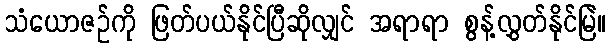
သံယောဇဉ်ကို ဖြတ်ပယ်နိုင်ပြီဆိုလျှင် အရာရာ စွန့်လွှတ်နိုင်မြဲ။